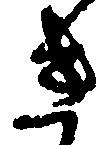
き